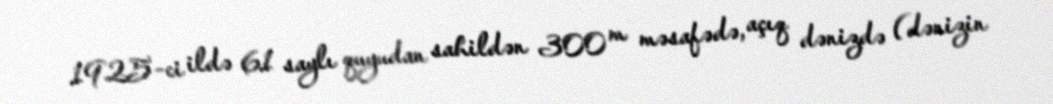
1925-ci ildə 61 saylı quyudan sahildən 300 m məsafədə, açıq dənizdə (dənizin